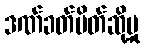
ဒဏ်ခတ်ပိတ်ဆို့မှု